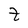
Character: t